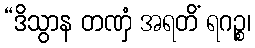
“ဒိသွာန တဏှံ အရတိံ ရဂဉ္စ၊